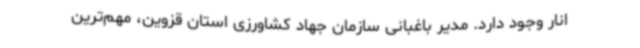
انار وجود دارد. مدیر باغبانی سازمان جهاد کشاورزی استان قزوین، مهم‌ترین